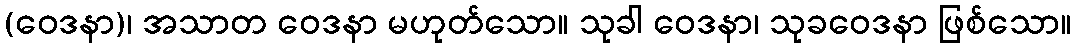
(ဝေဒနာ)၊ အသာတ ဝေဒနာ မဟုတ်သော။ သုခါ ဝေဒနာ၊ သုခဝေဒနာ ဖြစ်သော။